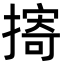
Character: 㨳